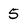
Character: 5